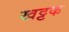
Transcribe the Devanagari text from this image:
खट्टक